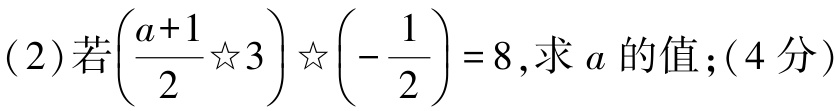
(2)若\(\left(\dfrac{a + 1}{2}\☆3\right)\☆\left(-\dfrac{1}{2}\right)=8\)，求\(a\)的值；(4分)